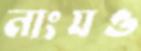
নাংযও